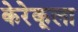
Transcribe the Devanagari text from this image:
केरेकूला